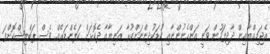
އެޖަމިއްޔާއިން ދާދިފަހުން ވަނީ އަންހެނުންނާއި ކުޑަކުދިންނަށްކުރާ އަނިޔާއާ ދެކޮޅަށް ކަލެންޑަރެއް ވެސް ޕަބްލިޝްކޮށްފަ